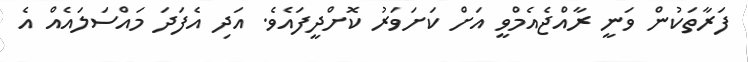
ފަރާތަކުން ވަނީ ރާއްޖެއެމްވީ އަށް ކަށަވަރު ކޮށްދީފައެވެ. އަދި އެފަދަ މައްސަލައެއް އެ